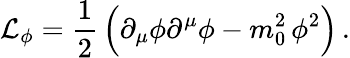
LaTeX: {\cal L}_{\phi}=\frac{1}{2}\, \Bigl(\partial_{\mu}\phi\partial^{\mu}\phi-m_{0}^{2}\, \phi^{2}\Bigr)\, .